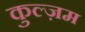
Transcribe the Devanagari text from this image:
कुल्ज़म